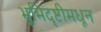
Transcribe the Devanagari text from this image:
भूमिदृष्टीमधून